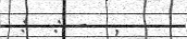
:  : -